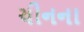
ચીનના